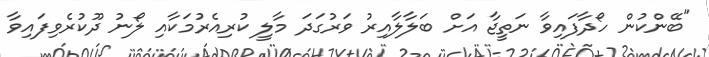
"ބޭންކުން ހޯދާފައިވާ ނަތީޖާ އަށް ބަލާލާއިރު ވަރުގަދަ މާލީ ކުރިއެރުމަކާއި ލޯނު ދޫކުރެވިފައިވާ